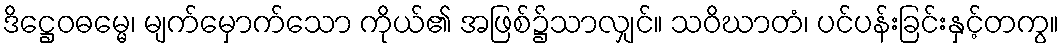
ဒိဋ္ဌေဝဓမ္မေ၊ မျက်မှောက်သော ကိုယ်၏ အဖြစ်၌သာလျှင်။ သဝိဃာတံ၊ ပင်ပန်းခြင်းနှင့်တကွ။